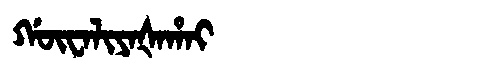
Manchu: ᡤᡡᠸᠠᠯᡳᠶᠠᡧᠠᡥᠠᡳ
Romanization: GŪWALIYAŠAHAI